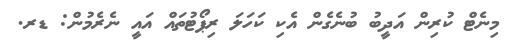
މިނެޓް ކުރިން އަދީބު ބުނެގެން އެކި ކަހަލަ ރިޕޯޓުތައް އައީ ނެރެމުން: ޑރ.